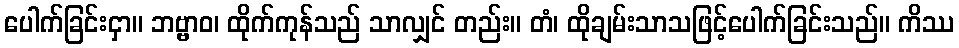
ပေါက်ခြင်းငှာ။ ဘဗ္ဗာဝ၊ ထိုက်ကုန်သည် သာလျှင် တည်း။ တံ၊ ထိုချမ်းသာသဖြင့်ပေါက်ခြင်းသည်။ ကိဿ